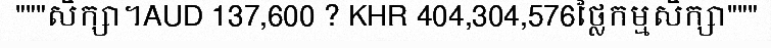
"""សិក្សា។AUD 137,600 ? KHR 404,304,576ថ្លៃកម្មសិក្សា"""